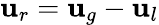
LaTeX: \mathbf{u}_{r}=\mathbf{u}_{g}-\mathbf{u}_{l}